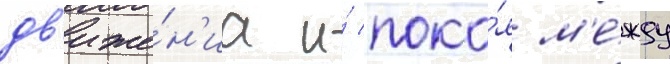
дв'иже́н'иа и́ поко́я м'е́жду